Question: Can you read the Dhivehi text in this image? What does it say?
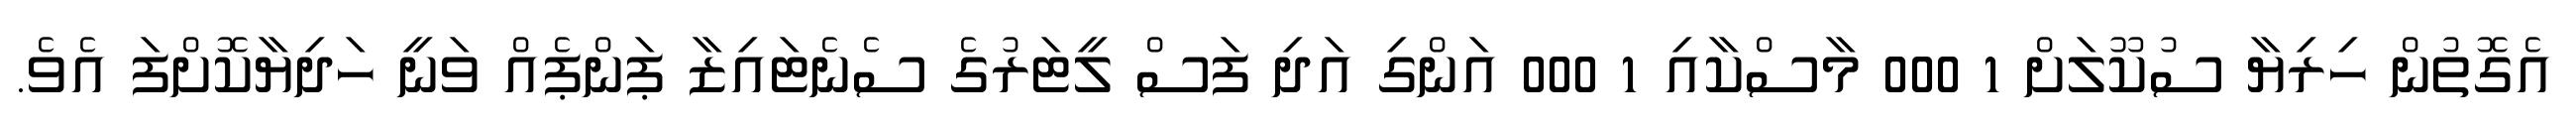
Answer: އެގޮތުން ހިރިޔާ ސުކޫލަށް 1 000 މާސްކާއި 1 000 އަންގި އަދި ފަސް ލީޓަރުގެ ސެނެޓައިޒާ ޕަންޕެއް ވަނީ ހަދިޔާކޮށްފަ އެވެ.